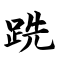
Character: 跣